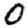
Digit: 0